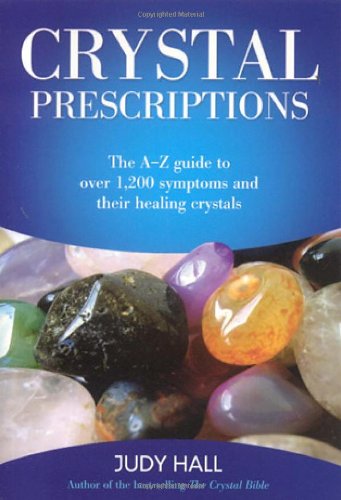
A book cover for Crystal Prescriptions: The A-Z Guide to Over 1,200 Symptoms and Their Healing Crystals; Judy Hall; Health, Fitness & Dieting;